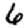
Digit: 6